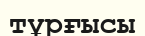
тұрғысы